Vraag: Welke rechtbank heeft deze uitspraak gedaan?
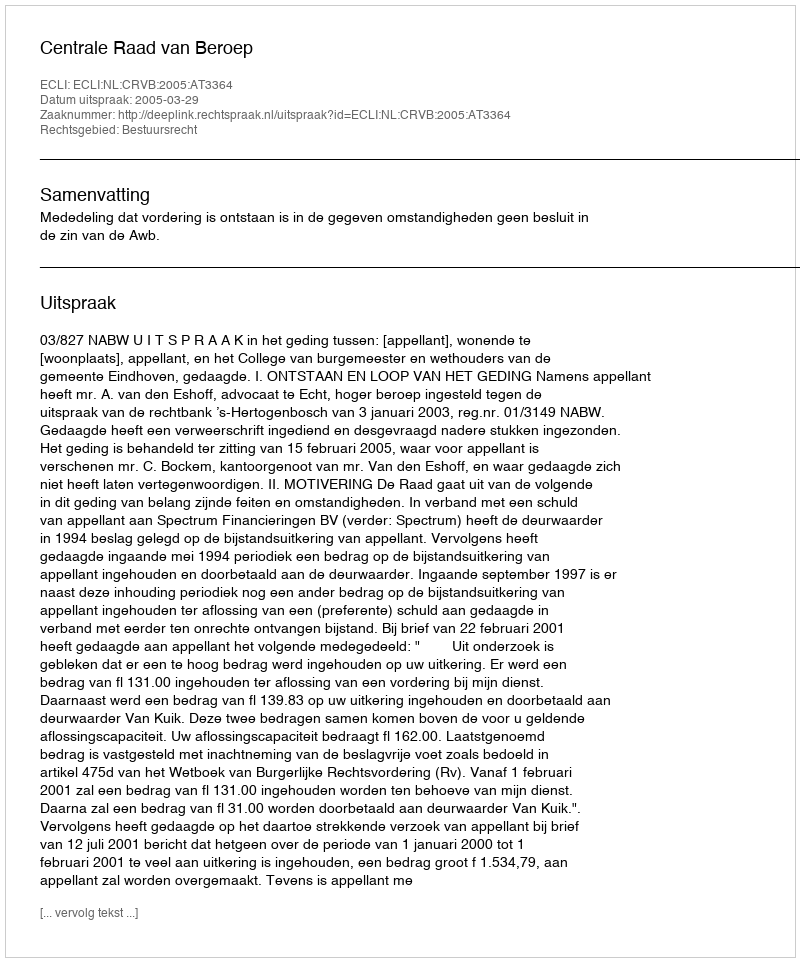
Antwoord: Centrale Raad van Beroep